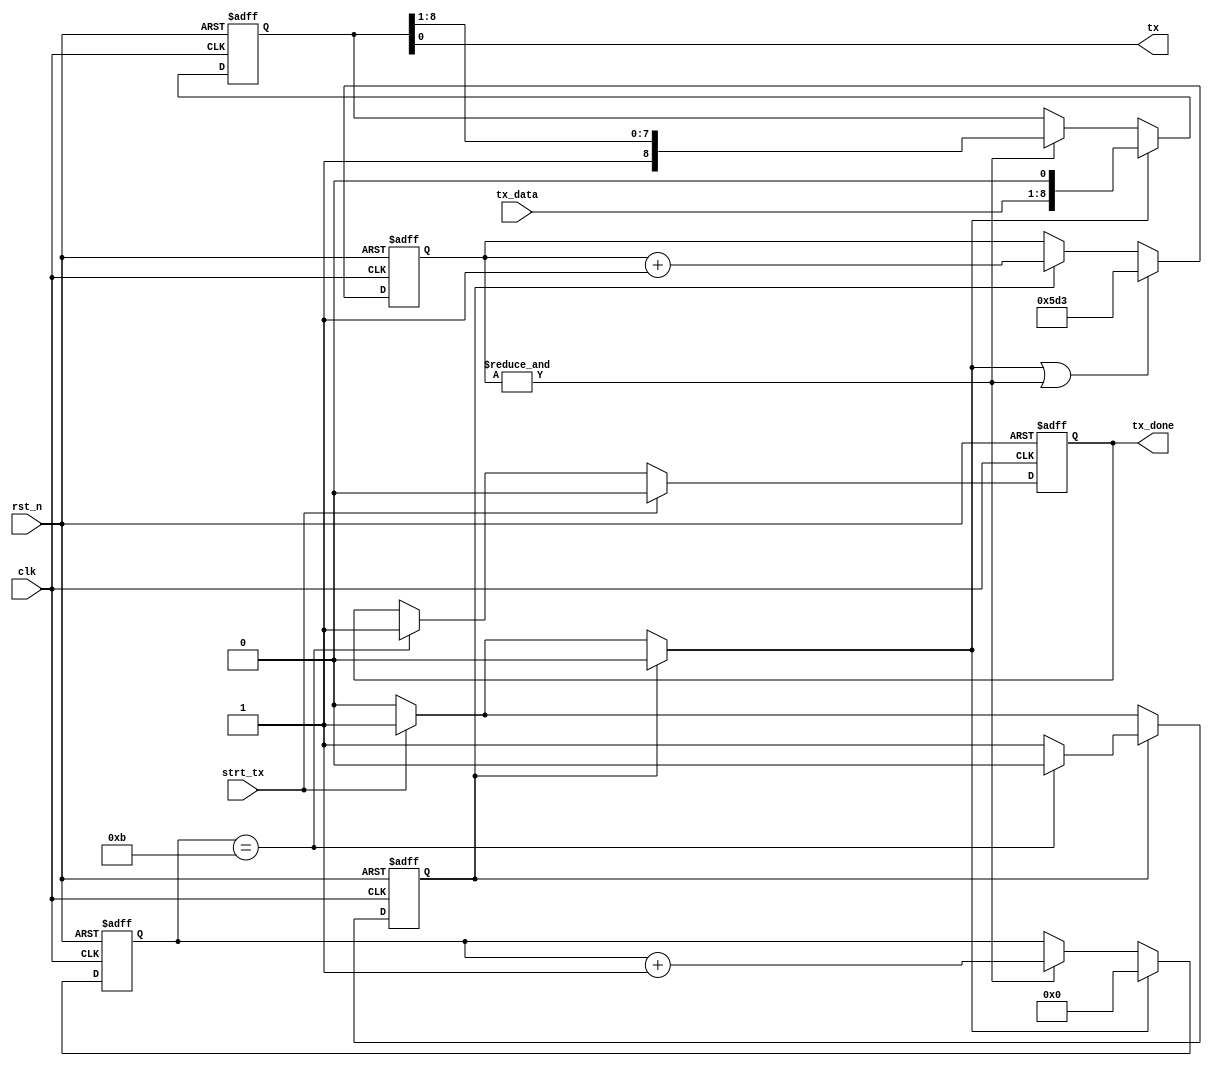
module uart_tx(clk,rst_n,tx,strt_tx,tx_data,tx_done);

input clk,rst_n;		// clock and active low reset
input strt_tx;			// strt_tx tells TX section to transmit tx_data
input [7:0] tx_data;	// byte to transmit
output tx, tx_done;		// tx_done asserted when transmission complete

reg state,nxt_state;	// I can name that tune in two states
reg [8:0] shift_reg;	// 1-bit wider to store start bit
reg [3:0] bit_cnt;		// bit counter
reg [11:0] baud_cnt;	// baud rate counter (50MHz/19200) = div of 2604
reg tx_done;			// tx_done will be a set/reset flop

reg load, trnsmttng;		// assigned in state machine

wire shift;

localparam IDLE = 1'b0;
localparam TX = 1'b1;

////////////////////////////
// Infer state flop next //
//////////////////////////
always @(posedge clk or negedge rst_n)
  if (!rst_n)
    state <= IDLE;
  else
    state <= nxt_state;


/////////////////////////
// Infer bit_cnt next //
///////////////////////
always @(posedge clk or negedge rst_n)
  if (!rst_n)
    bit_cnt <= 4'b0000;
  else if (load)
    bit_cnt <= 4'b0000;
  else if (shift)
    bit_cnt <= bit_cnt+1;

//////////////////////////
// Infer baud_cnt next //
////////////////////////
always @(posedge clk or negedge rst_n)
  if (!rst_n)
    baud_cnt <= 12'h5D3;		// (4095 - 2604) = 0x5D3
  else if (load || shift)
    baud_cnt <= 12'h5D3;		// reset when baud count indicates 19200 baud
  else if (trnsmttng)
    baud_cnt <= baud_cnt+1;		// only burn power incrementing if tranmitting

////////////////////////////////
// Infer shift register next //
//////////////////////////////
always @(posedge clk or negedge rst_n)
  if (!rst_n)
    shift_reg <= 9'h1FF;		// reset to idle state being transmitted
  else if (load)
    shift_reg <= {tx_data,1'b0};	// start bit is loaded as well as data to TX
  else if (shift)
    shift_reg <= {1'b1,shift_reg[8:1]};	// LSB shifted out and idle state shifted in 

///////////////////////////////////////////////
// Easiest to make tx_done a set/reset flop //
/////////////////////////////////////////////
always @(posedge clk or negedge rst_n)
  if (!rst_n)
    tx_done <= 1'b0;
  else if (strt_tx)
    tx_done <= 1'b0;
  else if (bit_cnt==4'b1011)
    tx_done <= 1'b1;

//////////////////////////////////////////////
// Now for hard part...State machine logic //
////////////////////////////////////////////
always @(state,strt_tx,shift,bit_cnt)
  begin
    //////////////////////////////////////
    // Default assign all output of SM //
    ////////////////////////////////////
    load         = 0;
    trnsmttng = 0;
    nxt_state    = IDLE;	// always a good idea to default to IDLE state
    
    case (state)
      IDLE : begin
        if (strt_tx)
          begin
            nxt_state = TX;
            load = 1;
          end
        else nxt_state = IDLE;
      end
      default : begin		// this is TX state
        if (bit_cnt==4'b1011)
          nxt_state = IDLE;
        else
          nxt_state = TX;
        trnsmttng = 1;
      end
    endcase
  end

////////////////////////////////////
// Continuous assignement follow //
//////////////////////////////////
assign shift = &baud_cnt;
assign tx = shift_reg[0];		// LSB of shift register is TX

endmodule